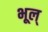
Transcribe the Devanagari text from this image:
भूल्